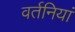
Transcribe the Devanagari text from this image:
वर्तनियां